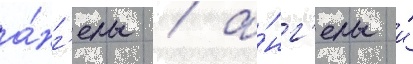
а́нг'елы / а́нг'елы и́